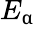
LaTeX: E_{\upalpha}